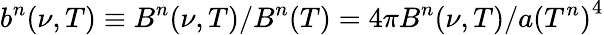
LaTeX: b^{n}(\nu,T)\equiv B^{n}(\nu,T)/B^{n}(T)=4\pi B^{n}(\nu,T)/a{(T^{n})}^{4}